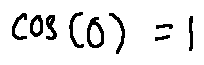
\cos ( 0 ) = 1